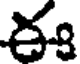
ఈ